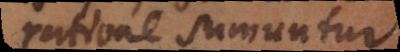
ratione sumuntur.